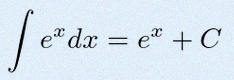
\int e^x dx=e^x+C